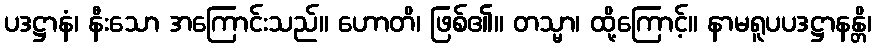
ပဒဋ္ဌာနံ၊ နီးသော အကြောင်းသည်။ ဟောတိ၊ ဖြစ်၏။ တသ္မာ၊ ထို့ကြောင့်။ နာမရူပပဒဋ္ဌာနန္တိ၊